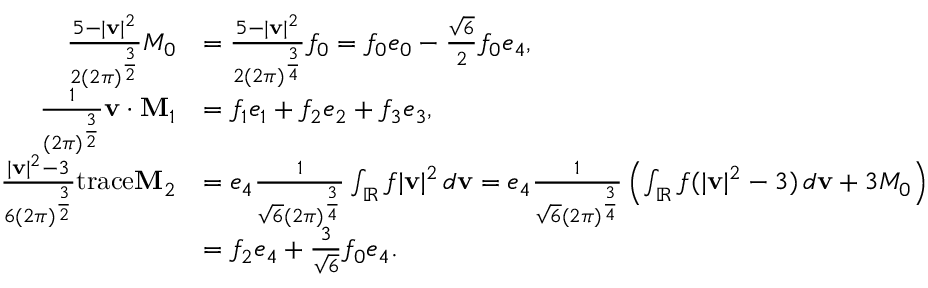
\begin{array} { r l } { \frac { 5 - | \mathbf { v } | ^ { 2 } } { 2 ( 2 \pi ) ^ { \frac { 3 } { 2 } } } M _ { 0 } } & { = \frac { 5 - | \mathbf { v } | ^ { 2 } } { 2 ( 2 \pi ) ^ { \frac { 3 } { 4 } } } f _ { 0 } = f _ { 0 } e _ { 0 } - \frac { \sqrt { 6 } } { 2 } f _ { 0 } e _ { 4 } , } \\ { \frac { 1 } { ( 2 \pi ) ^ { \frac { 3 } { 2 } } } \mathbf { v } \cdot \mathbf { M } _ { 1 } } & { = f _ { 1 } e _ { 1 } + f _ { 2 } e _ { 2 } + f _ { 3 } e _ { 3 } , } \\ { \frac { | \mathbf { v } | ^ { 2 } - 3 } { 6 ( 2 \pi ) ^ { \frac { 3 } { 2 } } } \mathrm { t r a c e } \mathbf { M } _ { 2 } } & { = e _ { 4 } \frac { 1 } { \sqrt { 6 } ( 2 \pi ) ^ { \frac { 3 } { 4 } } } \int _ { \mathbb { R } } f | \mathbf { v } | ^ { 2 } \, d \mathbf { v } = e _ { 4 } \frac { 1 } { \sqrt { 6 } ( 2 \pi ) ^ { \frac { 3 } { 4 } } } \left( \int _ { \mathbb { R } } f ( | \mathbf { v } | ^ { 2 } - 3 ) \, d \mathbf { v } + 3 M _ { 0 } \right) } \\ & { = f _ { 2 } e _ { 4 } + \frac { 3 } { \sqrt { 6 } } f _ { 0 } e _ { 4 } . } \end{array}